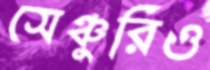
সেঞ্চুরিও